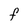
Character: F